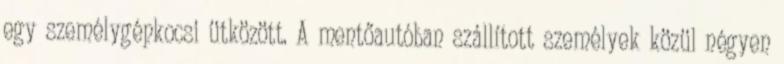
egy személygépkocsi ütközött. A mentőautóban szállított személyek közül négyen